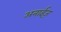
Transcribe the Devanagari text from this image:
अनाईज़